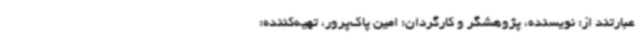
عبارتند از: نویسنده، پژوهشگر و کارگردان: امین پاک‌پرور، تهیه‌کننده: